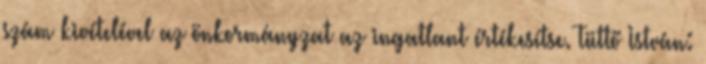
szám kivételével az önkormányzat az ingatlant értékesítse. Tüttő István: